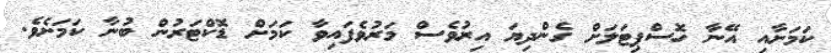
ކަމަށާއި އޭނާ ހޮސްޕިޓަލަށް ގެންދިޔަ އިރުވެސް މަރުވެފައިވާ ކަމަށް ޑޮކްޓަަރުން ބުނާ ކަމަށެވެ.